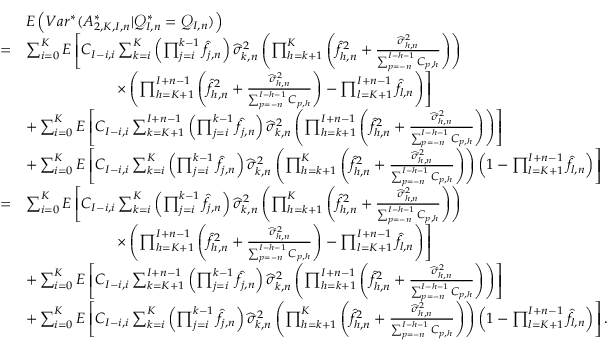
\begin{array} { r l } & { E \left( V a r ^ { * } ( A _ { 2 , K , I , n } ^ { * } | \mathcal { Q } _ { I , n } ^ { * } = \mathcal { Q } _ { I , n } ) \right) } \\ { = } & { \sum _ { i = 0 } ^ { K } E \left[ C _ { I - i , i } \sum _ { k = i } ^ { K } \left( \prod _ { j = i } ^ { k - 1 } \widehat { f } _ { j , n } \right) \widehat \sigma _ { k , n } ^ { 2 } \left( \prod _ { h = k + 1 } ^ { K } \left( \widehat { f } _ { h , n } ^ { 2 } + \frac { \widehat \sigma _ { h , n } ^ { 2 } } { \sum _ { p = - n } ^ { I - h - 1 } C _ { p , h } } \right) \right) \right. } \\ & { \qquad \qquad \qquad \left. \times \left( \prod _ { h = K + 1 } ^ { I + n - 1 } \left( \widehat { f } _ { h , n } ^ { 2 } + \frac { \widehat \sigma _ { h , n } ^ { 2 } } { \sum _ { p = - n } ^ { I - h - 1 } C _ { p , h } } \right) - \prod _ { l = K + 1 } ^ { I + n - 1 } \widehat { f } _ { l , n } \right) \right] } \\ & { + \sum _ { i = 0 } ^ { K } E \left[ C _ { I - i , i } \sum _ { k = K + 1 } ^ { I + n - 1 } \left( \prod _ { j = i } ^ { k - 1 } \widehat { f } _ { j , n } \right) \widehat \sigma _ { k , n } ^ { 2 } \left( \prod _ { h = k + 1 } ^ { I + n - 1 } \left( \widehat { f } _ { h , n } ^ { 2 } + \frac { \widehat \sigma _ { h , n } ^ { 2 } } { \sum _ { p = - n } ^ { I - h - 1 } C _ { p , h } } \right) \right) \right] } \\ & { + \sum _ { i = 0 } ^ { K } E \left[ C _ { I - i , i } \sum _ { k = i } ^ { K } \left( \prod _ { j = i } ^ { k - 1 } \widehat { f } _ { j , n } \right) \widehat \sigma _ { k , n } ^ { 2 } \left( \prod _ { h = k + 1 } ^ { K } \left( \widehat { f } _ { h , n } ^ { 2 } + \frac { \widehat \sigma _ { h , n } ^ { 2 } } { \sum _ { p = - n } ^ { I - h - 1 } C _ { p , h } } \right) \right) \left( 1 - \prod _ { l = K + 1 } ^ { I + n - 1 } \widehat { f } _ { l , n } \right) \right] } \\ { = } & { \sum _ { i = 0 } ^ { K } E \left[ C _ { I - i , i } \sum _ { k = i } ^ { K } \left( \prod _ { j = i } ^ { k - 1 } \widehat { f } _ { j , n } \right) \widehat \sigma _ { k , n } ^ { 2 } \left( \prod _ { h = k + 1 } ^ { K } \left( \widehat { f } _ { h , n } ^ { 2 } + \frac { \widehat \sigma _ { h , n } ^ { 2 } } { \sum _ { p = - n } ^ { I - h - 1 } C _ { p , h } } \right) \right) \right. } \\ & { \qquad \qquad \qquad \left. \times \left( \prod _ { h = K + 1 } ^ { I + n - 1 } \left( \widehat { f } _ { h , n } ^ { 2 } + \frac { \widehat \sigma _ { h , n } ^ { 2 } } { \sum _ { p = - n } ^ { I - h - 1 } C _ { p , h } } \right) - \prod _ { l = K + 1 } ^ { I + n - 1 } \widehat { f } _ { l , n } \right) \right] } \\ & { + \sum _ { i = 0 } ^ { K } E \left[ C _ { I - i , i } \sum _ { k = K + 1 } ^ { I + n - 1 } \left( \prod _ { j = i } ^ { k - 1 } \widehat { f } _ { j , n } \right) \widehat \sigma _ { k , n } ^ { 2 } \left( \prod _ { h = k + 1 } ^ { I + n - 1 } \left( \widehat { f } _ { h , n } ^ { 2 } + \frac { \widehat \sigma _ { h , n } ^ { 2 } } { \sum _ { p = - n } ^ { I - h - 1 } C _ { p , h } } \right) \right) \right] } \\ & { + \sum _ { i = 0 } ^ { K } E \left[ C _ { I - i , i } \sum _ { k = i } ^ { K } \left( \prod _ { j = i } ^ { k - 1 } \widehat { f } _ { j , n } \right) \widehat \sigma _ { k , n } ^ { 2 } \left( \prod _ { h = k + 1 } ^ { K } \left( \widehat { f } _ { h , n } ^ { 2 } + \frac { \widehat \sigma _ { h , n } ^ { 2 } } { \sum _ { p = - n } ^ { I - h - 1 } C _ { p , h } } \right) \right) \left( 1 - \prod _ { l = K + 1 } ^ { I + n - 1 } \widehat { f } _ { l , n } \right) \right] . } \end{array}